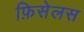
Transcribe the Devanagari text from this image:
फ़िसेलस